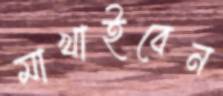
মাখাইবেন